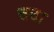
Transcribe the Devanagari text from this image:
तठा